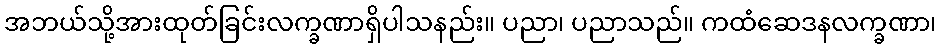
အဘယ်သို့အားထုတ်ခြင်းလက္ခဏာရှိပါသနည်း။ ပညာ၊ ပညာသည်။ ကထံဆေဒနလက္ခဏာ၊